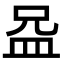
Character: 𪾍